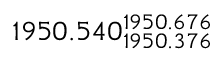
1 9 5 0 . 5 4 0 _ { 1 9 5 0 . 3 7 6 } ^ { 1 9 5 0 . 6 7 6 }